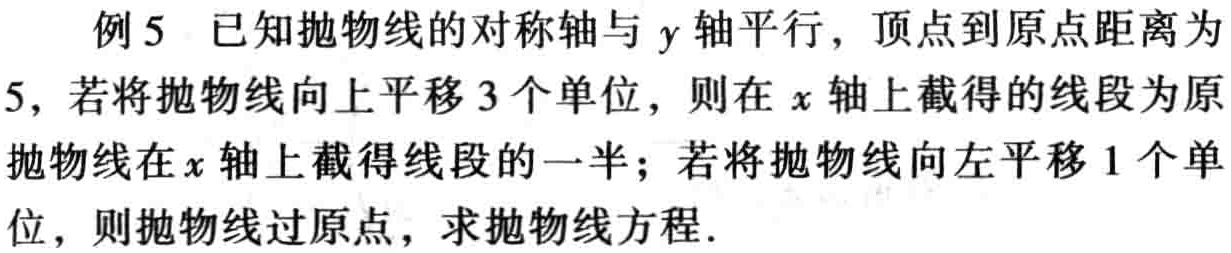
例5 已知抛物线的对称轴与 \(y\) 轴平行，顶点到原点距离为 \(5\)，若将抛物线向上平移 \(3\) 个单位，则在 \(x\) 轴上截得的线段为原抛物线在 \(x\) 轴上截得线段的一半；若将抛物线向左平移 \(1\) 个单位，则抛物线过原点，求抛物线方程.